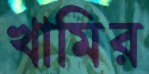
খামির